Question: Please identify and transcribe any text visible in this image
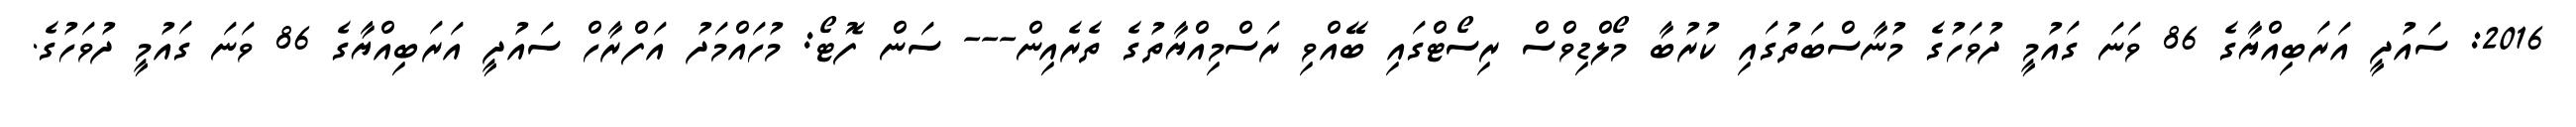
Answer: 2016: ސައުދީ އަރަބިއްޔާގެ 86 ވަނަ ގައުމީ ދުވަހުގެ މުނާސްބަތުގައި ކުރުބާ މޯލްޑިވްސް ރިސޯޓްގައި ބޭއްވި ރަސްމިއްޔާތުގެ ތެރެއިން--- ސަން ފޮޓޯ: މުހައްމަދު އަފްރާހް ސައުދީ އަރަބިއްޔާގެ 86 ވަނަ ގައުމީ ދުވަހުގެ.